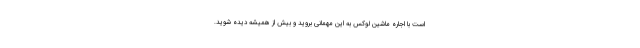
است با اجاره ماشین لوکس به این مهمانی بروید و بیش از همیشه دیده شوید.